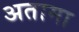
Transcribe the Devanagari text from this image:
अतामा